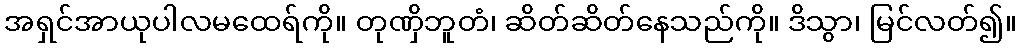
အရှင်အာယုပါလမထေရ်ကို။ တုဏှိဘူတံ၊ ဆိတ်ဆိတ်နေသည်ကို။ ဒိသွာ၊ မြင်လတ်၍။